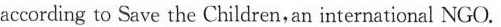
according to Save the Children,an international NGO.